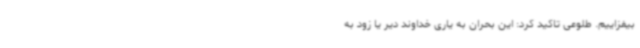
بیفزاییم. طلوعی تاکید کرد: این بحران به یاری خداوند دیر یا زود به